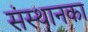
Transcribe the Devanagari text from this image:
संस्थानका